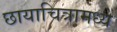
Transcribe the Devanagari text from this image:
छायाचित्रामध्ये